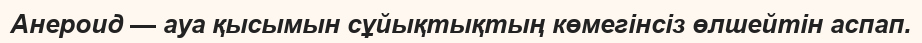
Анероид — ауа қысымын сұйықтықтың көмегінсіз өлшейтін аспап.